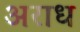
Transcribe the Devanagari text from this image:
अराध